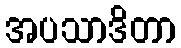
အပသာဒိတာ